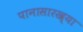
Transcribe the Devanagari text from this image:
पानासारख्या